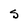
Character: S